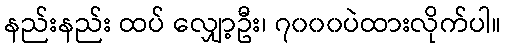
နည်းနည်း ထပ် လျှော့ဦး၊ ၇၀၀၀ပဲထားလိုက်ပါ။